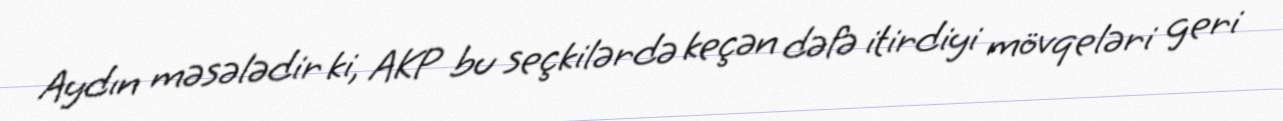
Aydın məsələdir ki, AKP bu seçkilərdə keçən dəfə itirdiyi mövqeləri geri